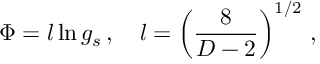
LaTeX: \Phi = l \ln g _ { s } \, , \quad l = \left( \frac { 8 } { D - 2 } \right) ^ { 1 / 2 } \, ,